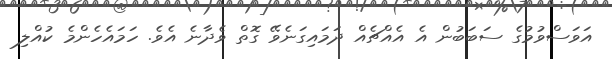
އަވަސްވުމުގެ ސަބަބުން އެ އެއްޗެއް ދަމައިގަނެވޭ ގޮތް ވެދާނެ އެވެ. ހަމައެހެންމެ ކުއްލި